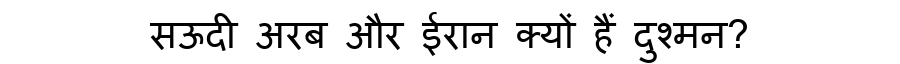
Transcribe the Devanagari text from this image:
सऊदी अरब और ईरान क्यों हैं दुश्मन?